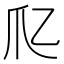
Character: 𤓱